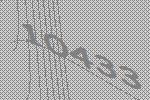
10433